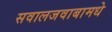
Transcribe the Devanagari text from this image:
सवालजवाबामधे